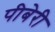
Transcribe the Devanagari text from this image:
पीबेरी